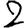
Digit: 2